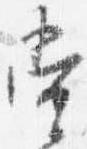
当